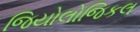
જિયોલોજિકલ